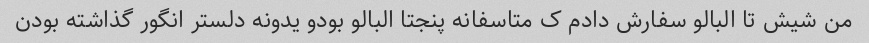
من شیش تا البالو سفارش دادم ک متاسفانه پنجتا البالو بودو یدونه دلستر انگور گذاشته بودن